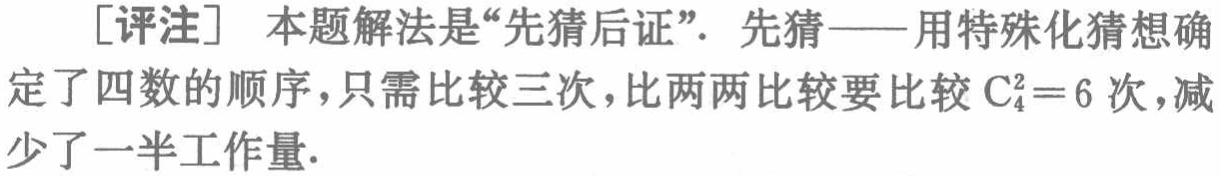
[评注] 本题解法是“先猜后证”. 先猜——用特殊化猜想确定了四数的顺序，只需比较三次，比两两比较要比较 $\mathrm{C}_{4}^{2}=6$ 次，减少了一半工作量.